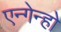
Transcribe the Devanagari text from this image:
एन्गेन्हो